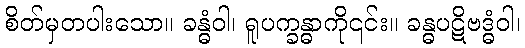
စိတ်မှတပါးသော။ ခန္ဓံဝါ၊ ရူပက္ခန္ဓာကို၎င်း။ ခန္ဓပဋိဗဒ္ဓံဝါ၊